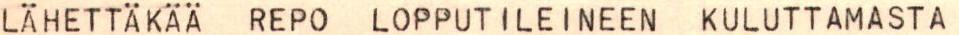
LÄHETTÄKÄÄ REPO LOPPUTILEINEEN KULUTTAMASTA